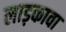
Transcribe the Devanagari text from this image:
लाड़कावा